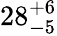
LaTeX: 28_{-5}^{+6}